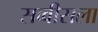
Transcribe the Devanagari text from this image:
सव्वीसला